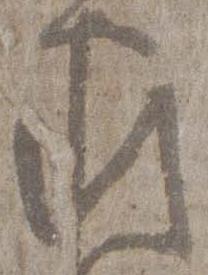
家